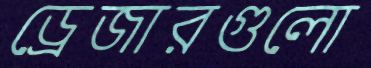
ড্রেজারগুলো